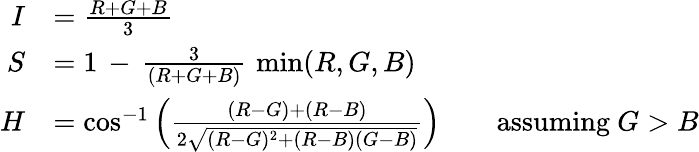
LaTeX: {\begin{array}{rl}{I}&{={\frac{R+G+B}{3}}}\\ {S}&{=1\, -\, {\frac{3}{(R+G+B)}}\, \operatorname*{min}(R,G,B)}\\ {H}&{=\cos^{-1}\left({\frac{(R-G)+(R-B)}{2{\sqrt{(R-G)^{2}+(R-B)(G-B)}}}}\right)\qquad{\mathrm{assuming~}}G>B}\end{array}}